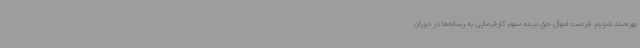
بهره‌مند شویم. فرصت امهال حق بیمه سهم کارفرمایی به رسانه‌ها در دوران